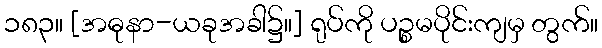
၁၈၃။ [အဓုနာ-ယခုအခါ၌။] ရုပ်ကို ပဉ္စမပိုင်းကျမှ တွက်။